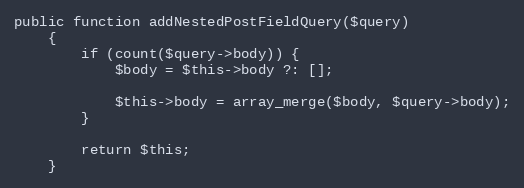
Language: PHP
public function addNestedPostFieldQuery($query)
    {
        if (count($query->body)) {
            $body = $this->body ?: [];

            $this->body = array_merge($body, $query->body);
        }

        return $this;
    }